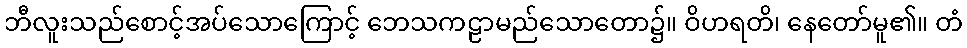
ဘီလူးသည်စောင့်အပ်သောကြောင့် ဘေသကဠာမည်သောတော၌။ ဝိဟရတိ၊ နေတော်မူ၏။ တံ